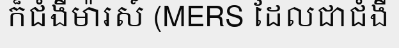
ក៏ជំងឺម៉ារស៍ (MERS ដែលជាជំងឺ